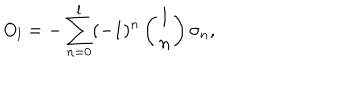
LaTeX: O _ { l } = - \sum _ { n = 0 } ^ { l } ( - 1 ) ^ { n } \left( { l \atop n } \right) \sigma _ { n } ,